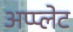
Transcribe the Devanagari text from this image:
अप्प्लेट